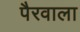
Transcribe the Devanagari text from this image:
पैरवाला